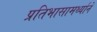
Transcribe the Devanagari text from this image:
प्रतिभासामर्थ्याने